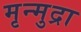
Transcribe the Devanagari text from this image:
मृन्मुद्रा